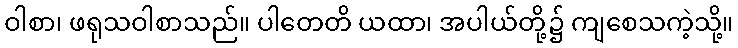
ဝါစာ၊ ဖရုသဝါစာသည်။ ပါတေတိ ယထာ၊ အပါယ်တို့၌ ကျစေသကဲ့သို့။